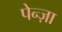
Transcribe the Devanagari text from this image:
पेन्ज़ा